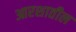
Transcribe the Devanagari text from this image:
आरशातील